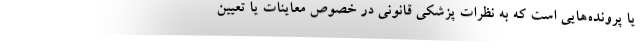
یا پرونده‌هایی است که به نظرات پزشکی قانونی در خصوص معاینات یا تعیین